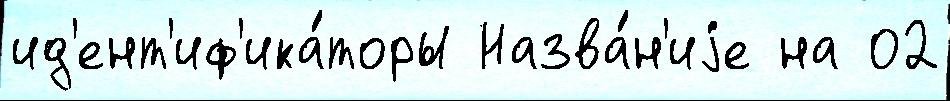
ид'ент'иф'ика́торы Назва́н'иjе на 02